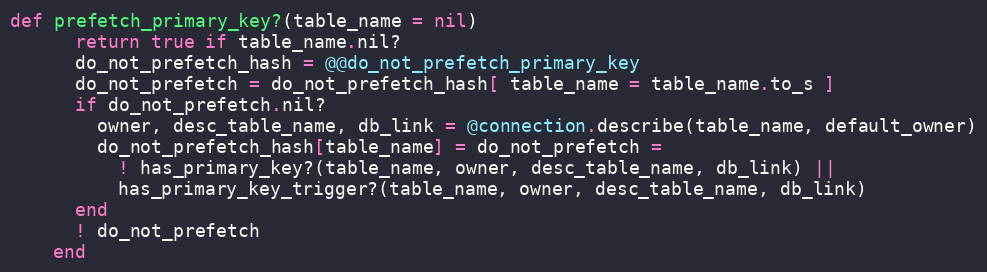
Language: Ruby
def prefetch_primary_key?(table_name = nil)
      return true if table_name.nil?
      do_not_prefetch_hash = @@do_not_prefetch_primary_key
      do_not_prefetch = do_not_prefetch_hash[ table_name = table_name.to_s ]
      if do_not_prefetch.nil?
        owner, desc_table_name, db_link = @connection.describe(table_name, default_owner)
        do_not_prefetch_hash[table_name] = do_not_prefetch =
          ! has_primary_key?(table_name, owner, desc_table_name, db_link) ||
          has_primary_key_trigger?(table_name, owner, desc_table_name, db_link)
      end
      ! do_not_prefetch
    end